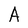
Character: A